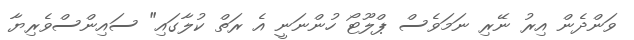
ވަންދެން އިރު ނޭރި ނަމަވެސް ޕްލޫޓޯ ހުންނަނީ އެ ރަތް ކުލާގައި" ސައިންސްވެރިޔާ